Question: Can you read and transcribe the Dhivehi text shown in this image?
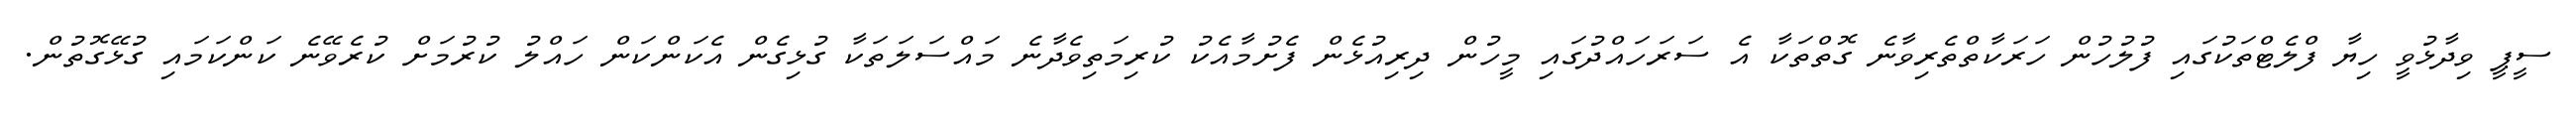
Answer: ސީޕީ ވިދާޅުވީ ހިޔާ ފްލެޓްތަކުގައި ފުލުހުން ހަރަކާތްތެރިވާނެ ގޮތްތަކާ އެ ސަރަހައްދުގައި މީހުން ދިރިއުޅެން ފެށުމާއެކު ކުރިމަތިވެދާނެ މައްސަލަތަކާ ގުޅިގެން އެކަންކަން ހައްލު ކުރުމަށް ކުރެވޭނެ ކަންކަމައި ގުޅޭގޮތުން.